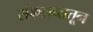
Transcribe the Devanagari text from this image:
संकलनातून